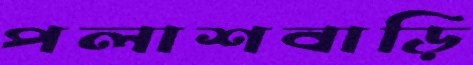
পলাশবাড়ি